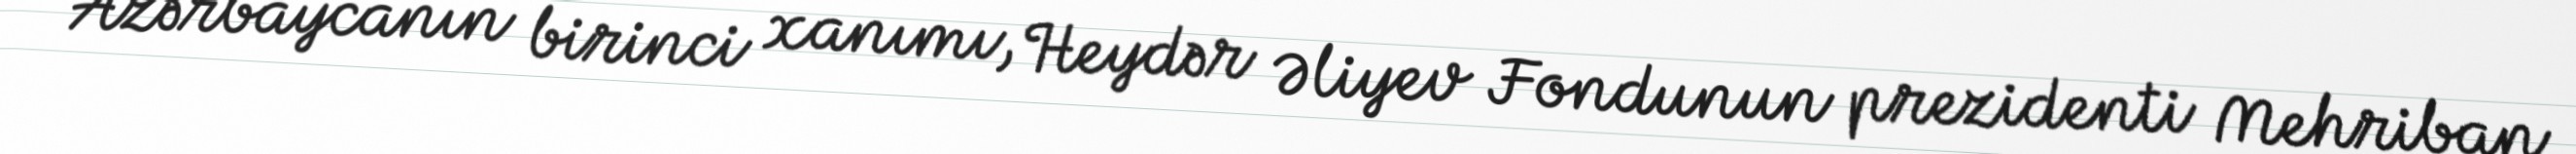
Azərbaycanın birinci xanımı, Heydər Əliyev Fondunun prezidenti Mehriban